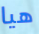
هيا